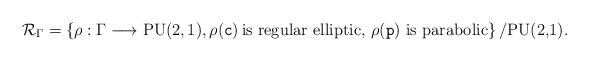
\begin{align*}\mathcal{R}_\Gamma=\left\{\rho :\Gamma\longrightarrow {\rm PU(2,1)},\rho({\tt c})\, \mbox{is regular elliptic},\,\rho({\tt p}) \mbox{ is parabolic}\right\}/{\mbox{PU(2,1)}}.\end{align*}